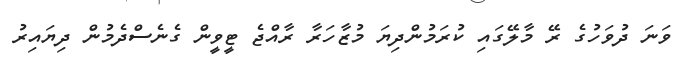
ވަނަ ދުވަހުގެ ރޭ މާލޭގައި ކުރަމުންދިޔަ މުޒާހަރާ ރާއްޖެ ޓީވީން ގެނެސްދެމުން ދިޔައިރު